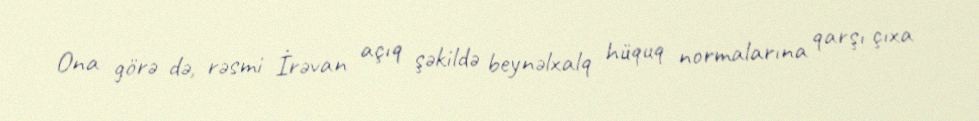
Ona görə də, rəsmi İrəvan açıq şəkildə beynəlxalq hüquq normalarına qarşı çıxa